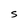
Character: S